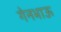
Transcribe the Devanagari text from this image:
गेनभाऊ